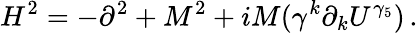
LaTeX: H^{2}=-\partial^{2}+M^{2}+iM(\gamma^{k}\partial_{k}U^{\gamma_{5}})\, .